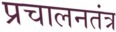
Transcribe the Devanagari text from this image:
प्रचालनतंत्र